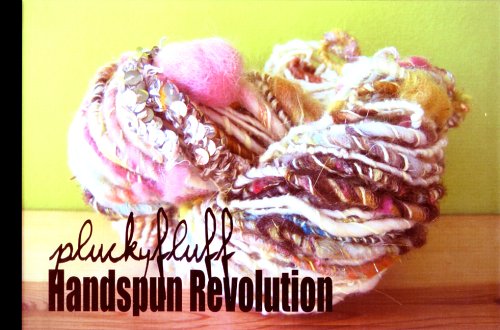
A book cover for Handspun Revolution; Alexis Boeger; Crafts, Hobbies & Home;